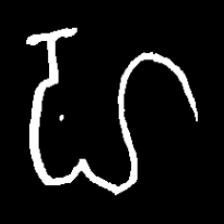
Pyu character \u2014 Myanmar letter: ဟ (romanized: ha)